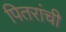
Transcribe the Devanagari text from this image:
पितरांची